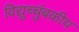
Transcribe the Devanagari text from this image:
विद्युच्चंुबकीय